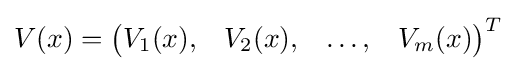
V(x)={\begin{pmatrix}V_{1}(x),&V_{2}(x),&\ldots ,&V_{m}(x)\end{pmatrix}}^{T}